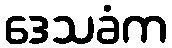
ဒေသခံက